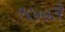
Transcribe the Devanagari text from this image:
१९५५ते